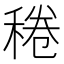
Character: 䅚